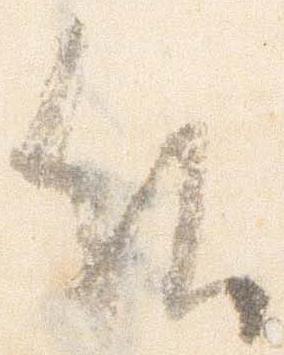
候